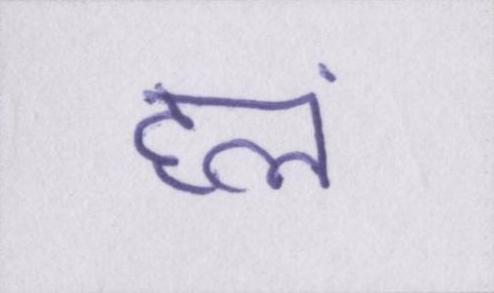
हलं